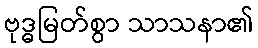
ဗုဒ္ဓမြတ်စွာ သာသနာ၏